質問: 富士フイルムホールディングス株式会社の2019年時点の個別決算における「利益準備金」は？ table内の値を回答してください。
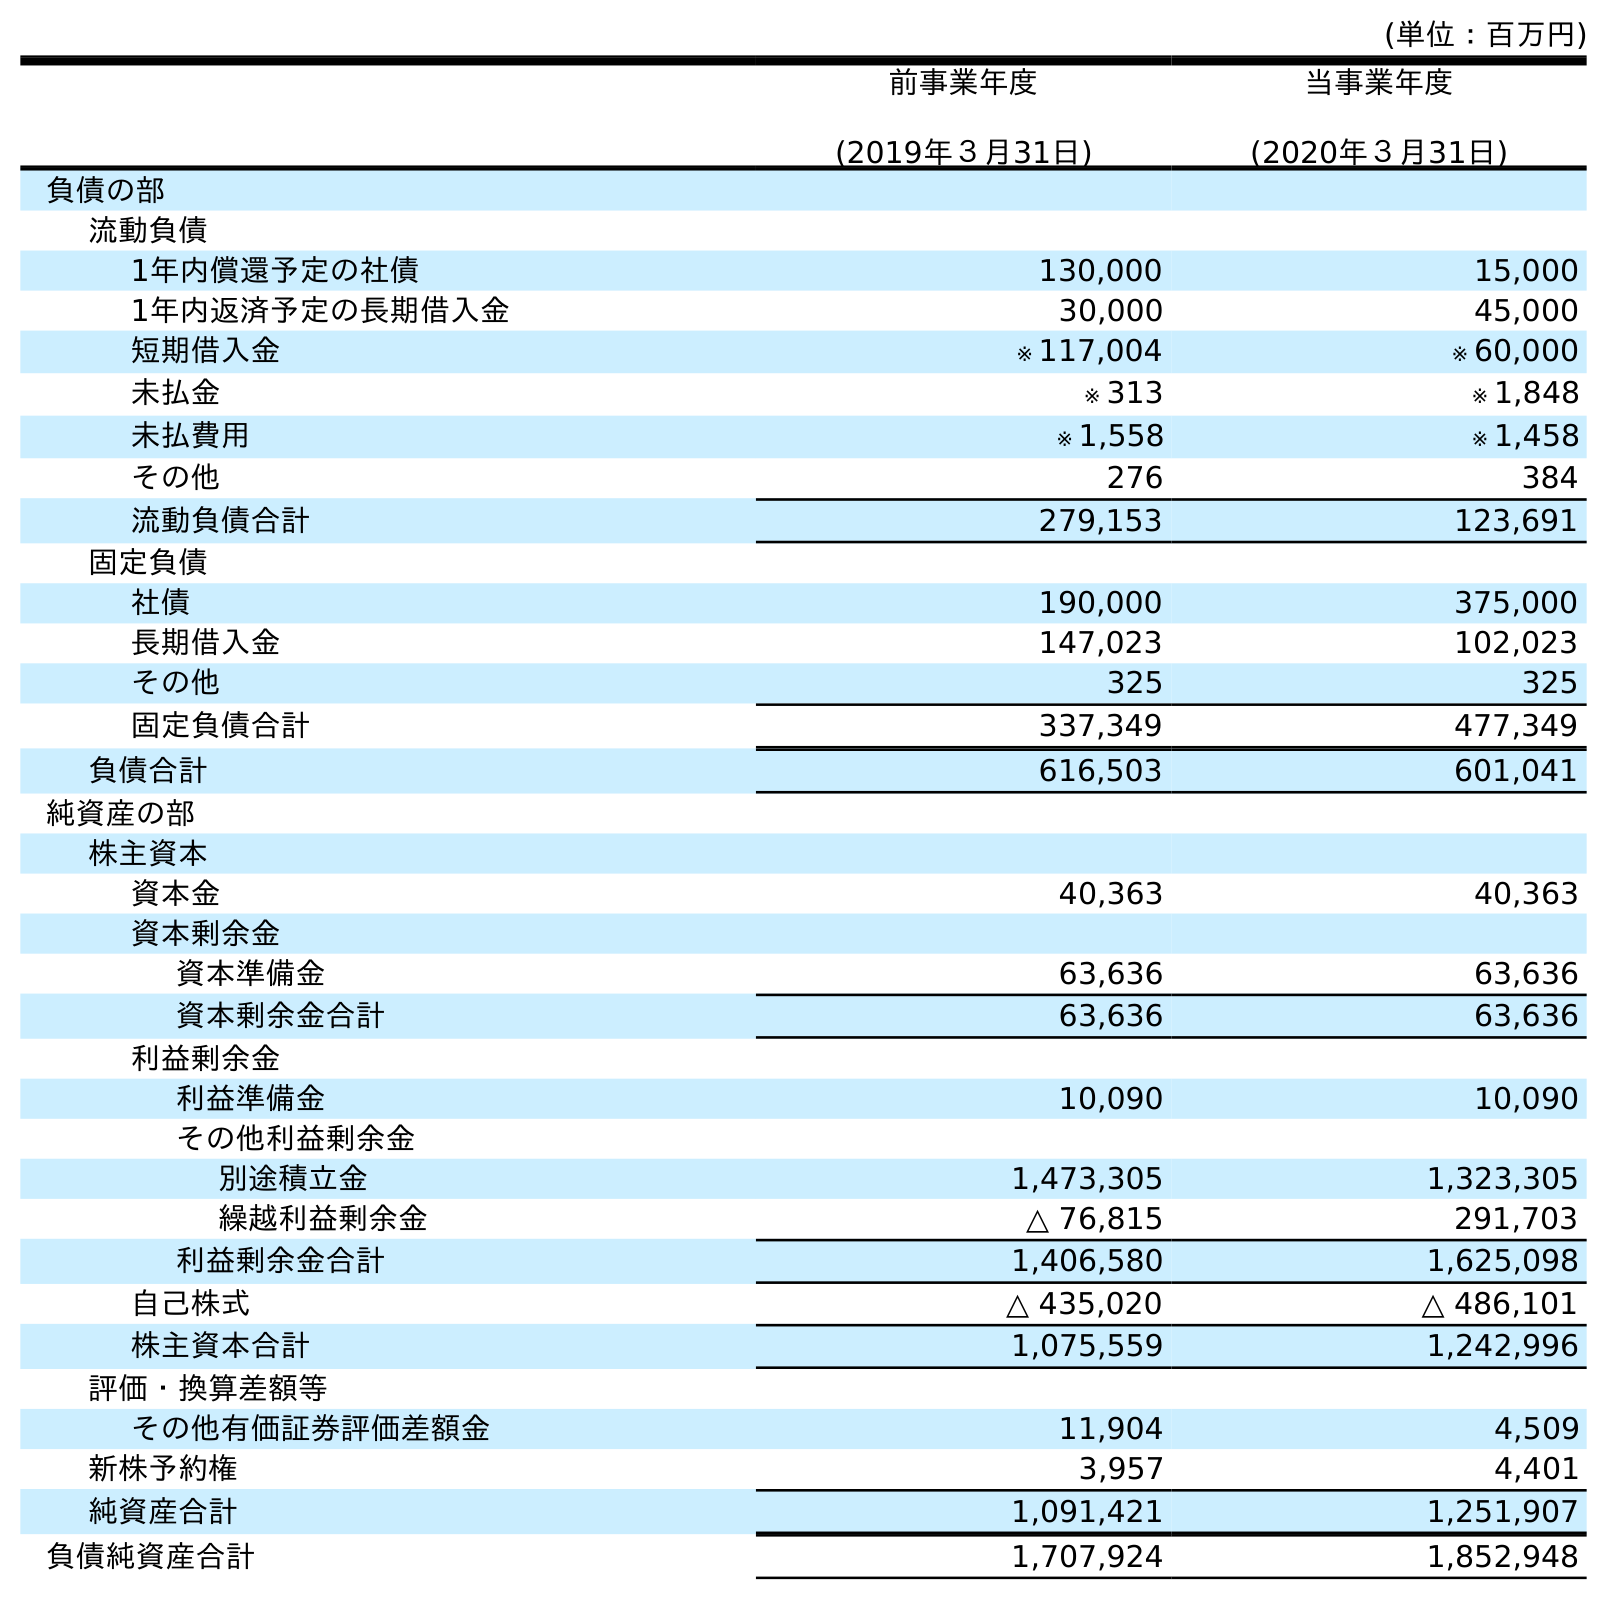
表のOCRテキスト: (単位：百万円) 前事業年度 (2019年３月31日) 当事業年度 (2020年３月31日) 負債の部 流動負債 1年内償還予定の社債 130,000 15,000 1年内返済予定の長期借入金 30,000 45,000 短期借入金 ※ 117,004 ※ 60,000 未払金 ※ 313 ※ 1,848 未払費用 ※ 1,558 ※ 1,458 その他 276 384 流動負債合計 279,153 123,691 固定負債 社債 190,000 375,000 長期借入金 147,023 102,023 その他 325 325 固定負債合計 337,349 477,349 負債合計 616,503 601,041 純資産の部 株主資本 資本金 40,363 40,363 資本剰余金 資本準備金 63,636 63,636 資本剰余金合計 63,636 63,636 利益剰余金 利益準備金 10,090 10,090 その他利益剰余金 別途積立金 1,473,305 1,323,305 繰越利益剰余金 △ 76,815 291,703 利益剰余金合計 1,406,580 1,625,098 自己株式 △ 435,020 △ 486,101 株主資本合計 1,075,559 1,242,996 評価・換算差額等 その他有価証券評価差額金 11,904 4,509 新株予約権 3,957 4,401 純資産合計 1,091,421 1,251,907 負債純資産合計 1,707,924 1,852,948
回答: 10,090